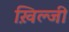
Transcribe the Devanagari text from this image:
ख़िल्जी